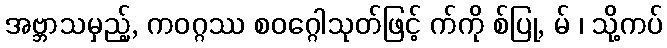
အဗ္ဘာသမှည့်, ကဝဂ္ဂဿ စဝဂ္ဂေါသုတ်ဖြင့် က်ကို စ်ပြု, မ် ၊ သို့ကပ်